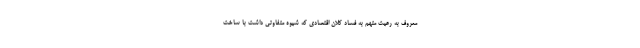
معروف به رعیت متهم به فساد کلان اقتصادی که شیوه متفاوتی داشت با ساخت